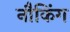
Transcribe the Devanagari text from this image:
नौकिंग